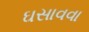
ઘસાવવા